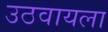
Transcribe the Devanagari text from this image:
उठवायला